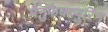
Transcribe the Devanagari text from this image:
मैनुफैक्च्युरिंग